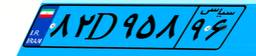
۳۷D۳۲۷۸۴